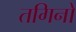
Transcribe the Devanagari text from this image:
तगिनों